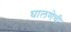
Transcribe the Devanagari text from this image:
घालणेची